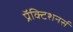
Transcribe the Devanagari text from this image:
प्रॅक्टिशनर्स